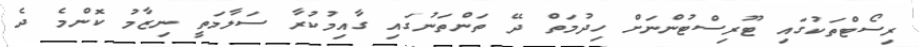
ރިސޯޓްތަކުގައި ޓޫރިސްޓުންނަށް ހިދުމަތް ދޭ ތަންތަނުގައި ގާއިމުކުރާ ސަލާމަތީ ނިޒާމު ކޮންމެ ދެ